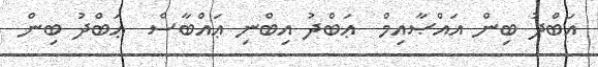
އަބްދު ބިން އައްޞާއިމް  ޢަބްދު އިބްނި ޢައްބާސް  ޢަބްދު ބިން